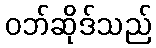
ဝဘ်ဆိုဒ်သည်